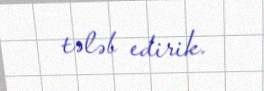
tələb edirik.